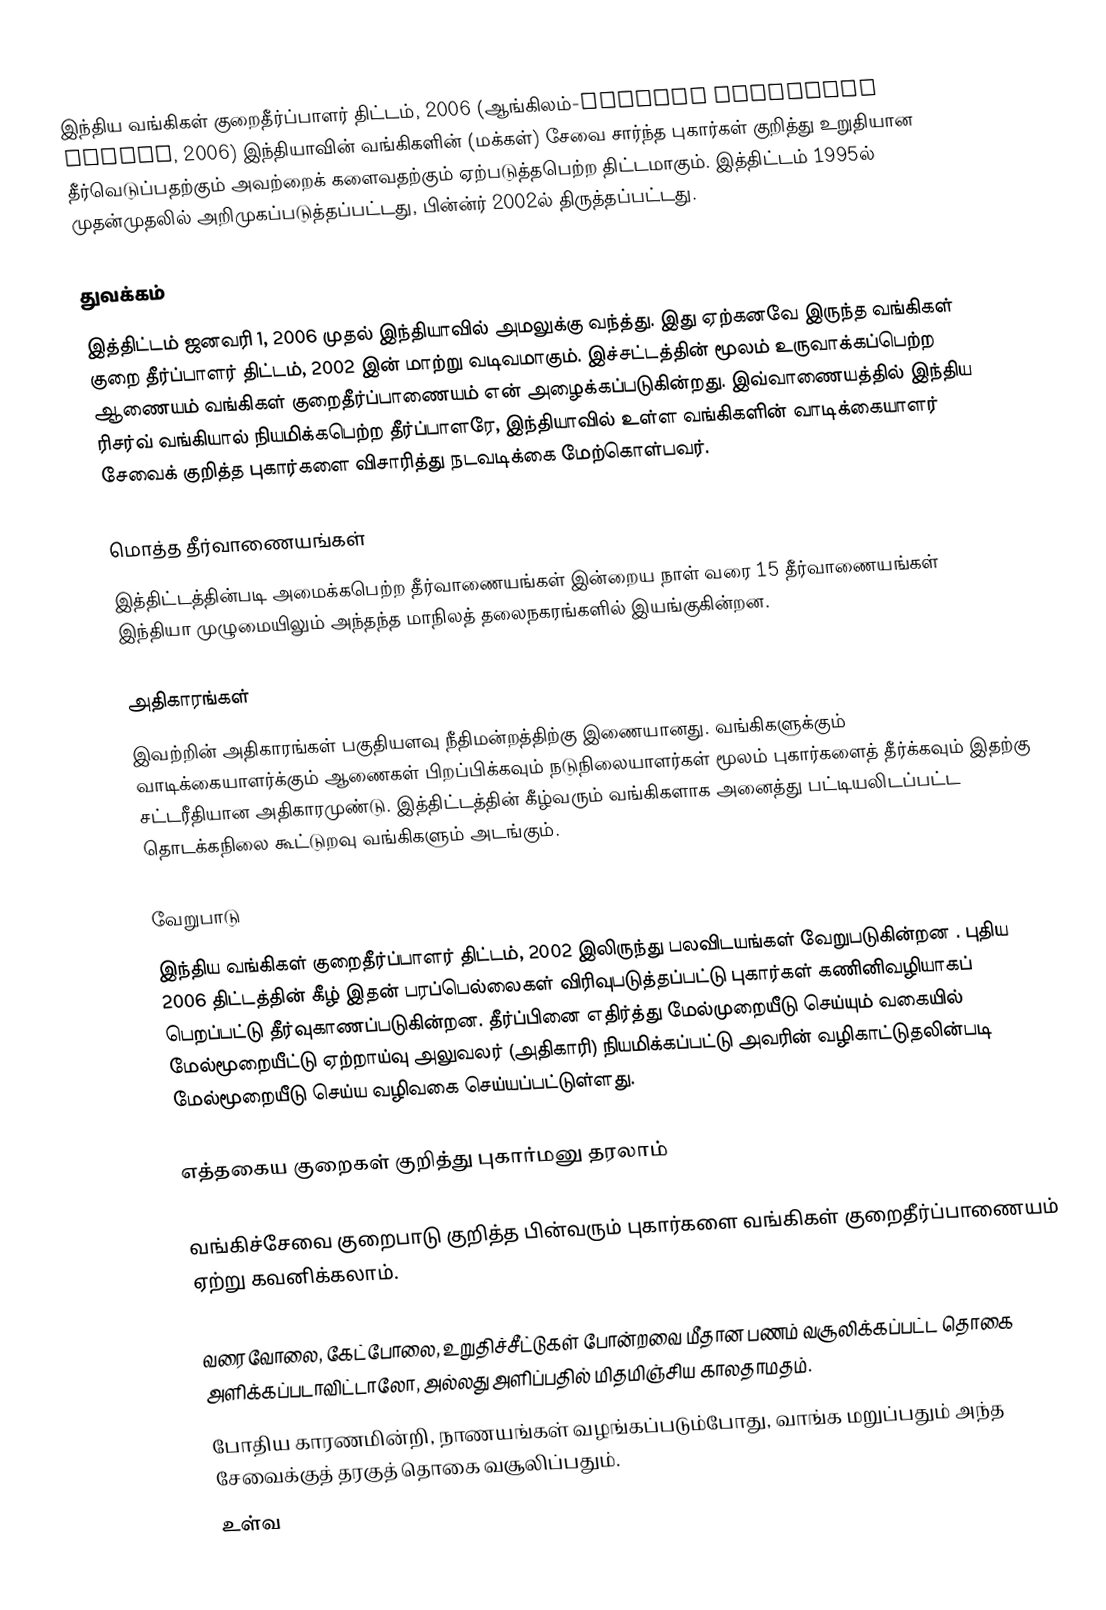
இந்திய வங்கிகள் குறைதீர்ப்பாளர் திட்டம், 2006 (ஆங்கிலம்-Banking Ombudsman Scheme, 2006) இந்தியாவின் வங்கிகளின் (மக்கள்) சேவை சார்ந்த புகார்கள் குறித்து உறுதியான தீர்வெடுப்பதற்கும் அவற்றைக் களைவதற்கும் ஏற்படுத்தபெற்ற திட்டமாகும். இத்திட்டம் 1995ல் முதன்முதலில் அறிமுகப்படுத்தப்பட்டது, பின்ன்ர் 2002ல் திருத்தப்பட்டது.

துவக்கம்
இத்திட்டம் ஜனவரி 1, 2006 முதல் இந்தியாவில் அமலுக்கு வந்த்து. இது ஏற்கனவே இருந்த வங்கிகள் குறை தீர்ப்பாளர் திட்டம், 2002 இன் மாற்று வடிவமாகும்.  இச்சட்டத்தின் மூலம் உருவாக்கப்பெற்ற ஆணையம் வங்கிகள் குறைதீர்ப்பாணையம் என் அழைக்கப்படுகின்றது. இவ்வாணையத்தில் இந்திய ரிசர்வ் வங்கியால் நியமிக்கபெற்ற தீர்ப்பாளரே, இந்தியாவில் உள்ள வங்கிகளின் வாடிக்கையாளர் சேவைக் குறித்த புகார்களை விசாரித்து நடவடிக்கை மேற்கொள்பவர்.

மொத்த தீர்வாணையங்கள்
இத்திட்டத்தின்படி அமைக்கபெற்ற தீர்வாணையங்கள் இன்றைய நாள் வரை 15 தீர்வாணையங்கள்  இந்தியா முழுமையிலும் அந்தந்த மாநிலத் தலைநகரங்களில் இயங்குகின்றன.

அதிகாரங்கள்
இவற்றின் அதிகாரங்கள் பகுதியளவு நீதிமன்றத்திற்கு இணையானது. வங்கிகளுக்கும் வாடிக்கையாளர்க்கும் ஆணைகள் பிறப்பிக்கவும் நடுநிலையாளர்கள் மூலம் புகார்களைத் தீர்க்கவும் இதற்கு சட்டரீதியான அதிகாரமுண்டு. இத்திட்டத்தின் கீழ்வரும் வங்கிகளாக அனைத்து பட்டியலிடப்பட்ட தொடக்கநிலை கூட்டுறவு  வங்கிகளும் அடங்கும்.

வேறுபாடு
இந்திய வங்கிகள் குறைதீர்ப்பாளர் திட்டம், 2002 இலிருந்து பலவிடயங்கள் வேறுபடுகின்றன . புதிய 2006 திட்டத்தின் கீழ் இதன் பரப்பெல்லைகள் விரிவுபடுத்தப்பட்டு புகார்கள் கணினிவழியாகப் பெறப்பட்டு தீர்வுகாணப்படுகின்றன. தீர்ப்பினை எதிர்த்து மேல்முறையீடு செய்யும் வகையில் மேல்மூறையீட்டு ஏற்றாய்வு அலுவலர் (அதிகாரி)  நியமிக்கப்பட்டு அவரின் வழிகாட்டுதலின்படி மேல்மூறையீடு செய்ய வழிவகை செய்யப்பட்டுள்ளது.

எத்தகைய குறைகள் குறித்து புகார்மனு தரலாம்

வங்கிச்சேவை குறைபாடு குறித்த பின்வரும் புகார்களை வங்கிகள் குறைதீர்ப்பாணையம் ஏற்று கவனிக்கலாம்.

வரைவோலை, கேட்போலை, உறுதிச்சீட்டுகள் போன்றவை மீதான பணம் வசூலிக்கப்பட்ட தொகை அளிக்கப்படாவிட்டாலோ, அல்லது அளிப்பதில் மிதமிஞ்சிய காலதாமதம்.
போதிய காரணமின்றி, நாணயங்கள் வழங்கப்படும்போது, வாங்க மறுப்பதும் அந்த சேவைக்குத் தரகுத் தொகை வசூலிப்பதும்.
உள்வ